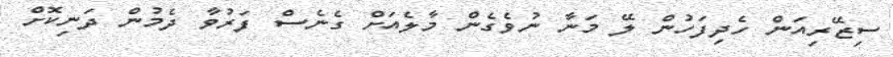
ސިޒޭރިއަން ހެދިފަހުން ލޭ މަނާ ނުވެގެން މާލެއަށް ގެނެސް ފަރުވާ ދެމުން ދަނިކޮށް